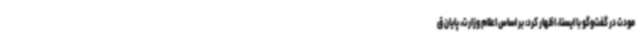
مودت در گفت‌وگو با ایسنا، اظهار کرد: بر اساس اعلام وزارت، پایان ق